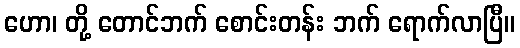
ဟော၊ တို့ တောင်ဘက် စောင်းတန်း ဘက် ရောက်လာပြီ။